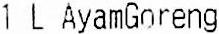
1 L AYAMGORENG